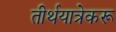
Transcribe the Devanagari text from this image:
तीर्थयात्रेकरू